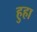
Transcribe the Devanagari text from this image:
हुहा